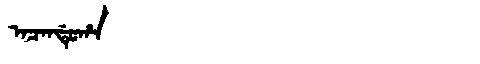
Manchu: ᠠᠴᠠᠨᡩᡠᡥᠠ
Romanization: ACANDUHA